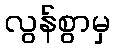
လွန်စွာမှ